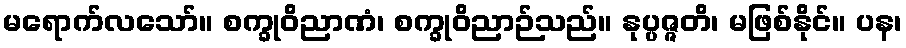
မရောက်လသော်။ စက္ခုဝိညာဏံ၊ စက္ခုဝိညာဉ်သည်။ နုပ္ပဇ္ဇတိ၊ မဖြစ်နိုင်။ ပန၊